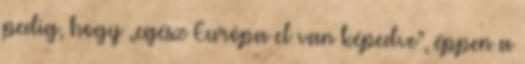
pedig, hogy „egész Európa el van képedve”, éppen a